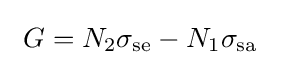
~G=N_{2}\sigma _{\rm {se}}-N_{1}\sigma _{\rm {sa}}~